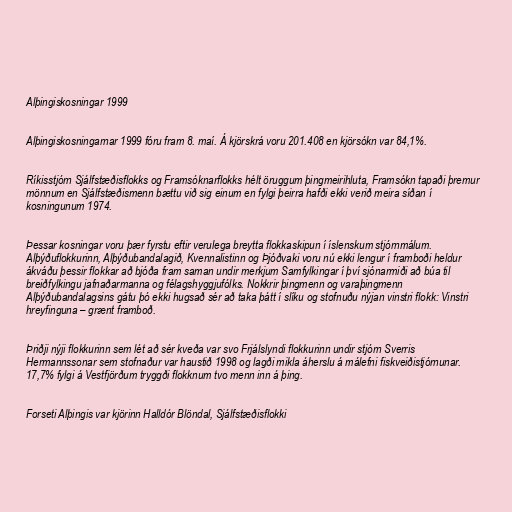
Alþingiskosningar 1999

Alþingiskosningarnar 1999 fóru fram 8. maí. Á kjörskrá voru 201.408 en kjörsókn var 84,1%.

Ríkisstjórn Sjálfstæðisflokks og Framsóknarflokks hélt öruggum þingmeirihluta, Framsókn tapaði þremur
mönnum en Sjálfstæðismenn bættu við sig einum en fylgi þeirra hafði ekki verið meira síðan í
kosningunum 1974.

Þessar kosningar voru þær fyrstu eftir verulega breytta flokkaskipun í íslenskum stjórnmálum.
Alþýðuflokkurinn, Alþýðubandalagið, Kvennalistinn og Þjóðvaki voru nú ekki lengur í framboði heldur
ákváðu þessir flokkar að bjóða fram saman undir merkjum Samfylkingar í því sjónarmiði að búa til
breiðfylkingu jafnaðarmanna og félagshyggjufólks. Nokkrir þingmenn og varaþingmenn
Alþýðubandalagsins gátu þó ekki hugsað sér að taka þátt í slíku og stofnuðu nýjan vinstri flokk: Vinstri
hreyfinguna – grænt framboð.

Þriðji nýji flokkurinn sem lét að sér kveða var svo Frjálslyndi flokkurinn undir stjórn Sverris
Hermannssonar sem stofnaður var haustið 1998 og lagði mikla áherslu á málefni fiskveiðistjórnunar.
17,7% fylgi á Vestfjörðum tryggði flokknum tvo menn inn á þing.

Forseti Alþingis var kjörinn Halldór Blöndal, Sjálfstæðisflokki